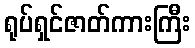
ရုပ်ရှင်ဇာတ်ကားကြီး